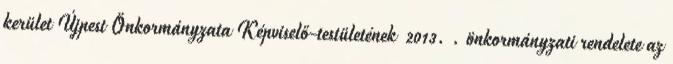
kerület Újpest Önkormányzata Képviselő-testületének 2013. . önkormányzati rendelete az